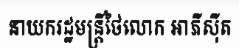
នាយករដ្ឋមន្ត្រីថៃលោក អាភីស៊ីត